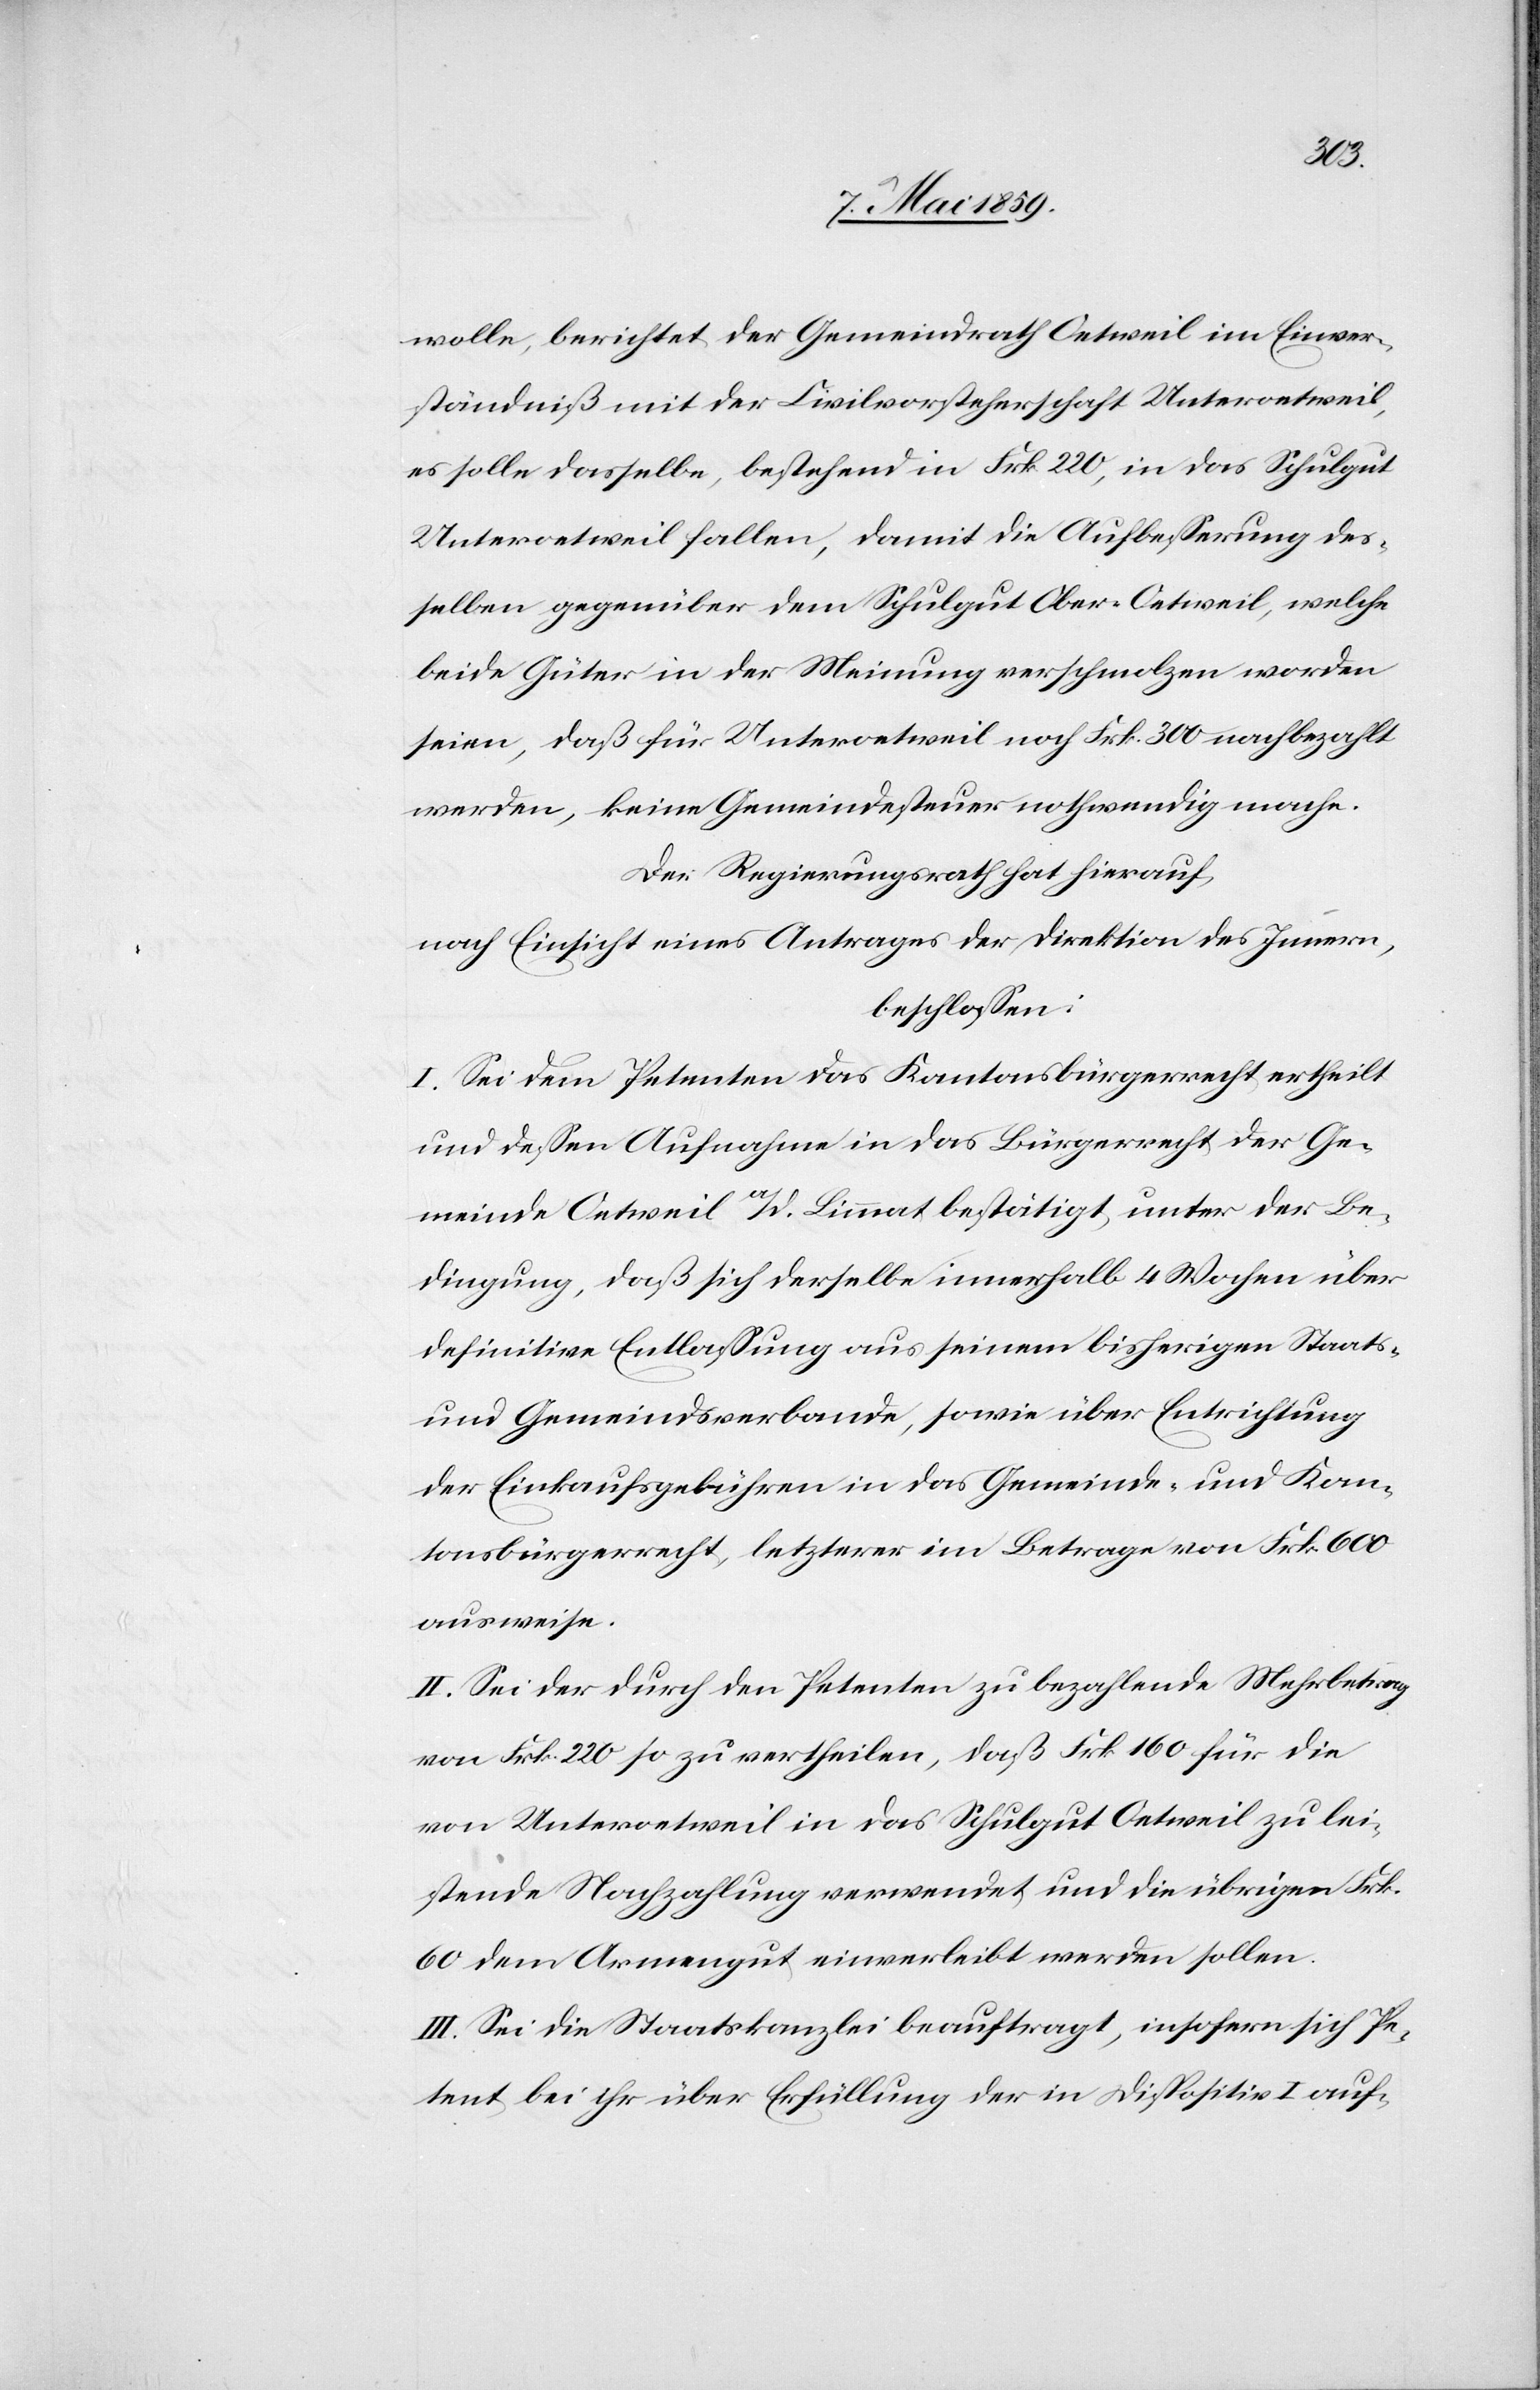
wolle, berichtet der Gemeindrath Oetweil im Einver¬
ständniß mit der Civilvorsteherschaft Unteroetweil,
es solle dasselbe, bestehend in Frk 220, in das Schulgut
Unteroetweil fallen, damit die Aufbeßerung deß¬
elben gegenüber dem Schulgut Ober-Oetweil, welche
beide Güter in der Meinung verschmolzen worden
seien, daß für Unteroetweil noch Frk. 300 nachbezahlt
werden, keine Gemeindesteuer nothwendig mache.
Der Regierungsrath hat hierauf,
nach Einsicht eines Antrages des Direktion des Innern,
beschloßen:
I. Sei dem Petenten das Kantonsbürgerrecht ertheilt
und deßen Aufnahme in das Bürgerrecht der Ge¬
meinde Oetweil a/d. Limmat bestätigt, unter der Be¬
dingung, daß sich derselbe innerhalb 4 Wochen über
definitive Entlaßung aus seinem bisherigen Staats-
und Gemeindsverbande, sowie über Entrichtung
der Einkaufsgebühren in das Gemeinde- und Kan¬
tonsbürgerrecht, letzterer im Betrage von Frk. 600
ausweise.
II. Sei der durch den Petenten zu bezahlende Mehrbetrag
von Frk. 220 so zu vertheilen, daß Frk. 160 für die
von Unteroetweil in das Schulgut Oetweil zu lei¬
stende Nachzahlung verwendet und die übrigen Frk.
60 dem Armengut einverleibt werden sollen.
III. Sei die Staatskanzlei beauftragt, insofern sich Pe¬
tent bei ihr über Erfüllung der in Dispositiv I auf-